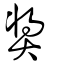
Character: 奬